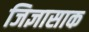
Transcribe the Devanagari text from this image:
जिज्ञासाक